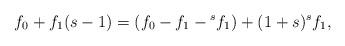
LaTeX: \begin{gather*} f_0 + f_1(s-1) = (f_0-f_1-{}^sf_1)+(1+s) {}^sf_1, \end{gather*}